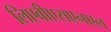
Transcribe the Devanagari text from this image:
लिएबीएसएनएल